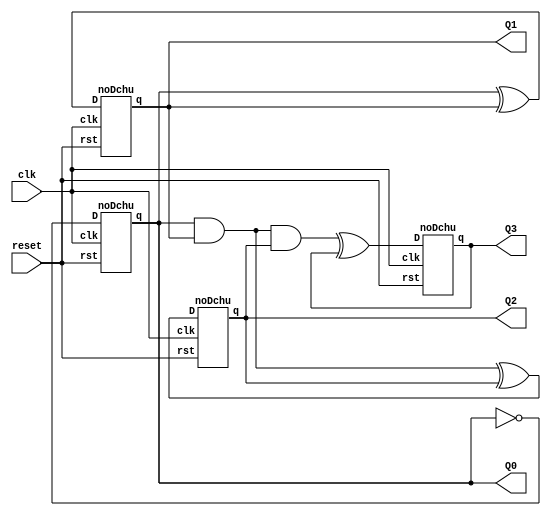
module top_module (
    input clk,reset,
    output Q0,Q1,Q2,Q3
);
  wire D0,D1,D2,D3;
  xor(D0,1,Q0);
  xor(D1,Q0,Q1);
  xor(D2,Q0&&Q1,Q2);
  xor(D3,Q0&&Q1&&Q2,Q3);
  noDchu FF0(.clk(clk),.D(D0),.rst(reset),.q(Q0));
  noDchu FF1(.clk(clk),.D(D1),.rst(reset),.q(Q1));
  noDchu FF2(.clk(clk),.D(D2),.rst(reset),.q(Q2));
  noDchu FF3(.clk(clk),.D(D3),.rst(reset),.q(Q3));
endmodule

module noDchu (//D
    input clk,D,rst,
    output reg q
);
  always @(posedge clk or posedge rst) 
  begin
      if(rst==1)
      q<=0;
      else
      q<=D;
  end  
endmodule